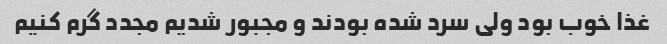
غذا خوب بود ولی سرد شده بودند و مجبور شدیم مجدد گرم کنیم